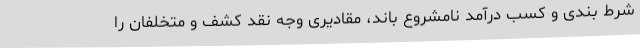
شرط بندی و کسب درآمد نامشروع باند، مقادیری وجه نقد کشف و متخلفان را